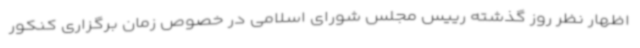
اظهار نظر روز گذشته رییس مجلس شورای اسلامی در خصوص زمان برگزاری کنکور